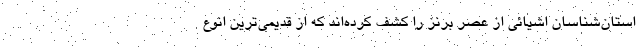
استان‌شناسان اشیائی از عصر برنز را کشف کرده‌اند که از قدیمی‌ترین انوع